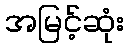
အမြင့်ဆုံး